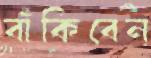
বাঁকিবেন